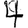
Digit: 4